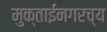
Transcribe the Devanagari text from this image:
मुक्ताईनगरच्य